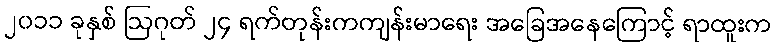
၂၀၁၁ ခုနှစ် ဩဂုတ် ၂၄ ရက်တုန်းကကျန်းမာရေး အခြေအနေကြောင့် ရာထူးက